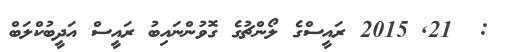
:  21